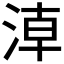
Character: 𣶃